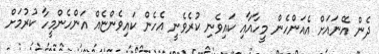
ދެން އޭނައަށް އެއަންހެން މީހާއާއި ކައިވެނި ކުރެވެނީ އެހެން ކައިވެންޏެއް އަންހެންމީހާ ކުރުމަށް